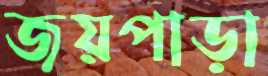
জয়পাড়া